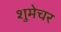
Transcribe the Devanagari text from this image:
शुमेचर